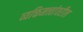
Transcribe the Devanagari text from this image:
व्यक्तिमत्त्वांवरील